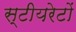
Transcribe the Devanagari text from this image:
स्टीयरेटों